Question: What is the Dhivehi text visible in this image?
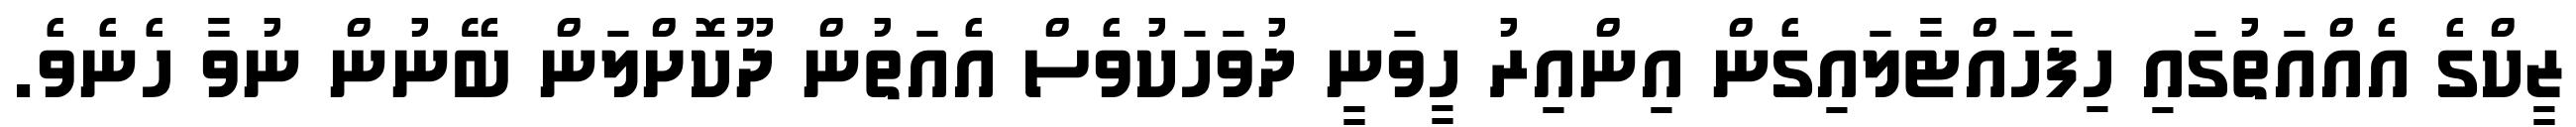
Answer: ޒީކްގެ އެއްއަތުގައި ހިފަހައްޓާލައިގެން އިންއިރު ހީވަނީ ދުވަހަކުވެސް އެއަތުން ދޫކޮށްލަން ބޭނުން ނުވާ ހެނެވެ.